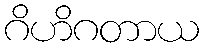
ဂိဟိဂတာယ